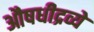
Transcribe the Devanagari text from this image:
औषधीद्रव्ये